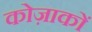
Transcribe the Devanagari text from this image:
कोज़ाकों